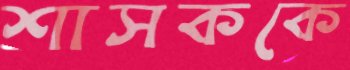
শাসককে